Indian journal of veterinary science and animal husbandry - Volume 3,
Year: 1933
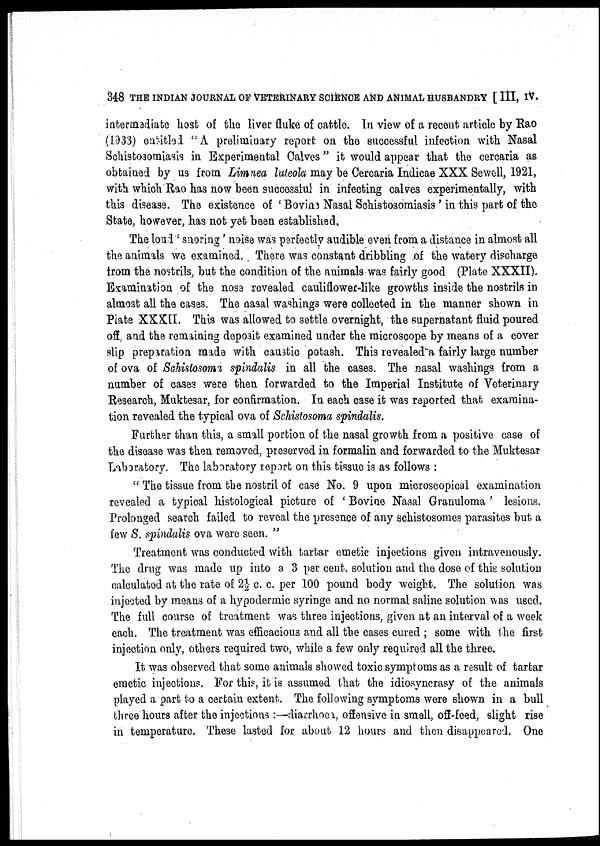
348 THE INDIAN JOURNAL OF VETERINARY SCIENCE AND ANIMAL HUSBANDRY [III, IV.
intermediate host of the liver fluke of cattle. In view of a recent article by Rao
(1933) entitled "A preliminary report on the successful infection with Nasal
Schistosomiasis in Experimental Calves" it would appear that the cercaria as
obtained by us from Limnea luteola may be Cercaria Indicae XXX Sewell, 1921,
with which Rao has now been successful in infecting calves experimentally, with
this disease. The existence of 'Bovine Nasal Schistosomiasis' in this part of the
State, however, has not yet been established.
The loud ' snoring' noise was perfectly audible even from a distance in almost all
the animals we examined. There was constant dribbling of the watery discharge
from the nostrils, but the condition of the animals was fairly good (Plate XXXII).
Examination of the nose revealed cauliflower-like growths inside the nostrils in
almost all the cases. The nasal washings were collected in the manner shown in
Plate XXXII. This was allowed to settle overnight, the supernatant fluid poured
off and the remaining deposit examined under the microscope by means of a cover
slip preparation made with caustic potash. This revealed a fairly large number
of ova of Sohistosoma spindalis in all the cases. The nasal washings from a
number of cases were then forwarded to the Imperial Institute of Veterinary
Research, Muktesar, for confirmation. In each case it was reported that examina-
tion revealed the typical ova of Schistosoma spindalis.
Further than this, a small portion of the nasal growth from a positive case of
the disease was then removed, preserved in formalin and forwarded to the Muktesar
Laboratory. The laboratory report on this tissue is as follows :
" The tissue from the nostril of case No. 9 upon microscopical examination
revealed a typical histological picture of ' Bovine Nasal Granuloma ' lesions.
Prolonged search failed to reveal the presence of any schistosomes parasites but a
few S. spindalis ova were seen. "
Treatment was conducted with tartar emetic injections given intravenously.
The drug was made up into a 3 per cent. solution and the dose of this solution
calculated at the rate of 2½ c. c. per 100 pound body weight. The solution was
injected by means of a hypodermic syringe and no normal saline solution was used.
The full course of treatment was three injections, given at an interval of a week
each. The treatment was efficacious and all the cases cured ; some with the first
injection only, others required two, while, a few only required all the three.
It was observed that some animals showed toxic symptoms as a result of tartar
emetic injections. For this, it is assumed that the idiosyncrasy of the animals
played a part to a certain extent. The following symptoms were shown in a bull
three hours after the injections :—diarrhoea, offensive in smell, off-foed, slight rise
in temperature. These lasted for about 12 hours and then disappeared. One